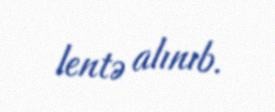
lentə alınıb.